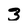
Character: 3